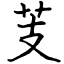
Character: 芰